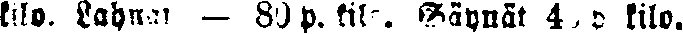
kilo. Lahnat — 80 p. kilo. Säynät 40 p kilo.